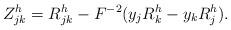
LaTeX: \begin{align*} Z^h_{jk}=R^h_{jk}-F^{-2}(y_jR^h_k-y_kR^h_j). \end{align*}